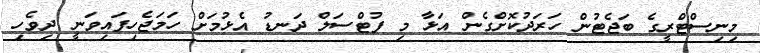
މިނިސްޓްރީގެ ބަޖެޓުން ހަރަދުކޮށްގެން އަޅާ މި ފުޓްސަލް ދަނޑު އެޅުމަށް ހަމަޖެހިފައިވަނީ ދިވެހި